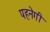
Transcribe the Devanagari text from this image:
पहनेगी